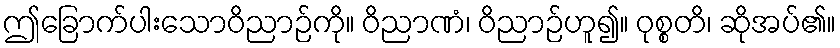
ဤခြောက်ပါးသောဝိညာဉ်ကို။ ဝိညာဏံ၊ ဝိညာဉ်ဟူ၍။ ဝုစ္စတိ၊ ဆိုအပ်၏။